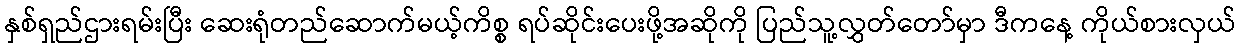
နှစ်ရှည်ဌားရမ်းပြီး ဆေးရုံတည်ဆောက်မယ့်ကိစ္စ ရပ်ဆိုင်းပေးဖို့အဆိုကို ပြည်သူ့လွှတ်တော်မှာ ဒီကနေ့ ကိုယ်စားလှယ်